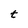
Character: t